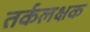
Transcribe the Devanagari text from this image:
तर्कलक्षक